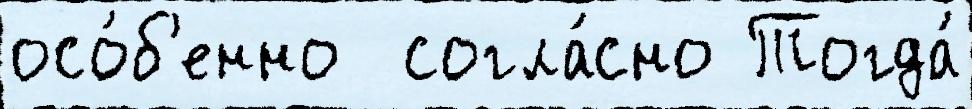
осо́б'енно  согла́сно Тогда́